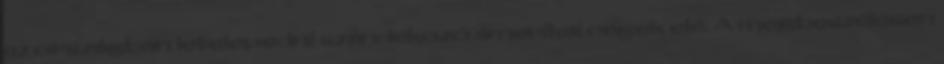
az országban letelepedni szándékozó amerikai cégek elé. A megbeszélésen